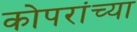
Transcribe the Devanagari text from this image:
कोपरांच्या